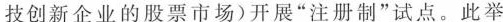
技创新企业的股票市场)开展”注册制”试点。此举